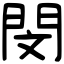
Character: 閔